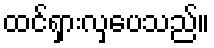
ထင်ရှားလှပေသည်။